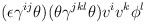
\begin{align*}(\epsilon \gamma^{ij} \theta ) (\theta\gamma^{jkl} \theta ) v^i v^k \phi^l\end{align*}